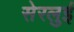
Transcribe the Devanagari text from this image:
सेरलुई